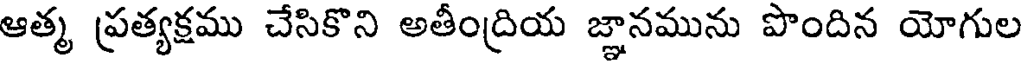
ఆత్మ ప్రత్యక్షము చేసికొని అతీంద్రియ జ్ఞానమును పొందిన యోగుల